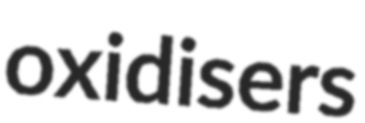
oxidisers